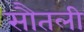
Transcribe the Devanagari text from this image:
सौतली